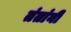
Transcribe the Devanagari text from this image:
तंतांनी